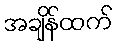
အချိန်ထက်